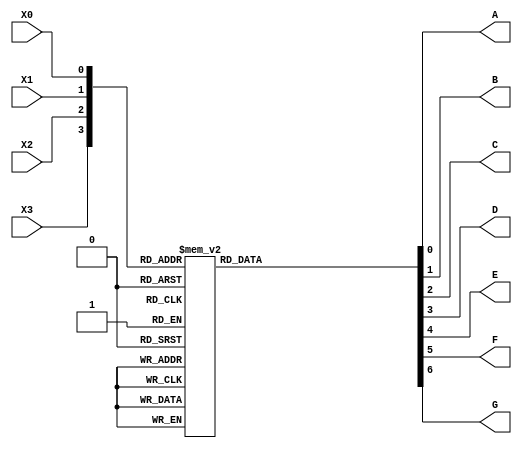
module seven_seg_decoder(A, B, C, D, E, F, G, X3, X2, X1, X0);
	input X3, X2, X1, X0;
	output A, B, C, D, E, F, G;
	reg A, B, C, D, E, F, G;
		always @(X3 or X2 or X1 or X0)
		begin
			case({X3,X2,X1,X0})
				4'b0000: begin
						A = 'b0;
						B = 'b0;
						C = 'b0;
						D = 'b0;	
						E = 'b0;
						F = 'b0;
						G = 'b1;
					end
					4'b0001: begin
						A = 'b1;
						B = 'b0;
						C = 'b0;
						D = 'b1;	
						E = 'b1;
						F = 'b1;
						G = 'b1;
					end
					4'b0010: begin
						A = 'b0;
						B = 'b0;
						C = 'b1;
						D = 'b0;	
						E = 'b0;
						F = 'b1;
						G = 'b0;
					end
					4'b0011: begin
						A = 'b0;
						B = 'b0;
						C = 'b0;
						D = 'b0;	
						E = 'b1;
						F = 'b1;
						G = 'b0;
					end
					4'b0100: begin
						A = 'b1;
						B = 'b0;
						C = 'b0;
						D = 'b1;	
						E = 'b1;
						F = 'b0;
						G = 'b0;
					end
					4'b0101: begin
						A = 'b0;
						B = 'b1;
						C = 'b0;
						D = 'b0;	
						E = 'b1;
						F = 'b0;
						G = 'b0;
					end
					4'b0110: begin
						A = 'b0;
						B = 'b1;
						C = 'b0;
						D = 'b0;	
						E = 'b0;
						F = 'b0;
						G = 'b0;
					end
					4'b0111: begin
						A = 'b0;
						B = 'b0;
						C = 'b0;
						D = 'b1;	
						E = 'b1;
						F = 'b1;
						G = 'b1;
					end
					4'b1000: begin
						A = 'b0;
						B = 'b0;
						C = 'b0;
						D = 'b0;	
						E = 'b0;
						F = 'b0;
						G = 'b0;
					end
					4'b1001: begin
						A = 'b0;
						B = 'b0;
						C = 'b0;
						D = 'b0;	
						E = 'b1;
						F = 'b0;
						G = 'b0;
					end
					4'b1010: begin
						A = 'b0;
						B = 'b0;
						C = 'b0;
						D = 'b1;	
						E = 'b0;
						F = 'b0;
						G = 'b0;
					end
					4'b1011: begin
						A = 'b1;
						B = 'b1;
						C = 'b0;
						D = 'b0;	
						E = 'b0;
						F = 'b0;
						G = 'b0;
					end
					4'b1100: begin
						A = 'b0;
						B = 'b1;
						C = 'b1;
						D = 'b0;	
						E = 'b0;
						F = 'b0;
						G = 'b1;
					end
					4'b1101: begin
						A = 'b1;
						B = 'b0;
						C = 'b0;
						D = 'b0;	
						E = 'b0;
						F = 'b1;
						G = 'b0;
					end
					4'b1110: begin
						A = 'b0;
						B = 'b1;
						C = 'b1;
						D = 'b0;	
						E = 'b0;
						F = 'b0;
						G = 'b0;
					end
					4'b1111:  begin
						A = 'b0;
						B = 'b1;
						C = 'b1;
						D = 'b1;	
						E = 'b0;
						F = 'b0;
						G = 'b0;
					end
				endcase
			end
		endmodule